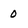
Character: 0